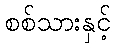
စစ်သားနှင့်